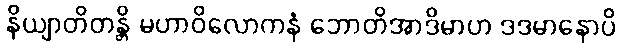
နိယျာတိတန္တိ မဟာဝိလောကနံ ဘောတိအာဒိမာဟ ဒဒမာနောပိ